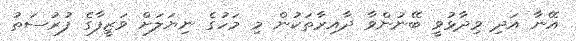
އޭނާ އަދި ވިދާޅުވީ ބޭނުންވާ ދާއިރާތަކުން މި މަހުގެ ނިޔަލަށް ވަޒީފާގެ ފުރުސަތު